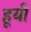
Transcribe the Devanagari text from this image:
हूयी